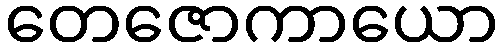
တေဇောကာယော